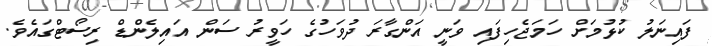
ފައިނަލު ކުޅުމަށް ހަމަޖެހިފައި ވަނީ އަންގާރަ ދުވަހުގެ ހަވީރު ސަން އައިލެންޑް ރިސޯޓްގައެވެ.